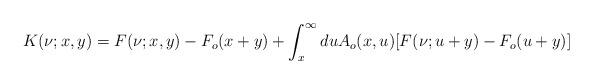
LaTeX: \begin{align*}K(\nu;x,y)=F(\nu;x,y)-F_o(x+y)+\int_{x}^{\infty}duA_o(x,u)[F(\nu;u+y)-F_o(u+y)]\end{align*}